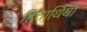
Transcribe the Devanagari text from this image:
हितार्थियों